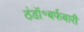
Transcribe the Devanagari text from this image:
ठंडॉ॰बर्फबारी